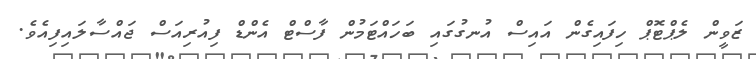
ޒަވީން ލެޕްޓޮޕް ހިފައިގެން އައިސް އުނގުގައި ބަހައްޓަމުން ފާސްޓް އެންޑް ފިއުރިއަސް ޖައްސާލައިފިއެވެ.